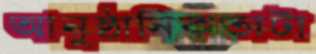
আনুষ্ঠানিকতাটা